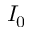
I _ { 0 }